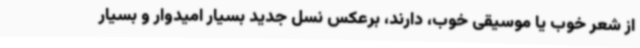
از شعر خوب یا موسیقی خوب، دارند، برعکس نسل جدید بسیار امیدوار و بسیار